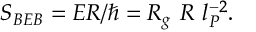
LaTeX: S _ { B E B } = E R / \hbar = R _ { g } ~ R ~ l _ { P } ^ { - 2 } .